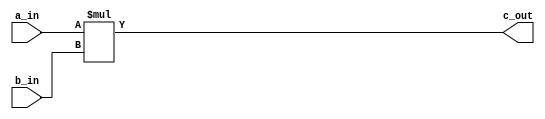
// Telecommunications Master Dissertation - Francis Fuentes 17-10-2020
// MUL gold (reference) model.

module MULgold(a_in, b_in, c_out);
input [31:0] a_in;
input [31:0] b_in;

output [63:0] c_out;

assign c_out = a_in * b_in;

endmodule